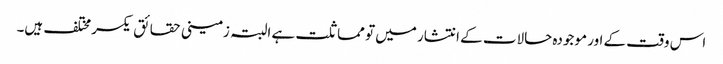
اس وقت کے اور موجودہ حالات کے انتشار میں تو مماثلت ہے البتہ زمینی حقائق یکسر مختلف ہیں۔